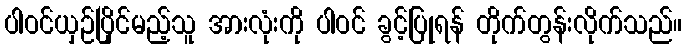
ပါဝင်ယှဉ်ပြိုင်မည့်သူ အားလုံးကို ပါဝင် ခွင့်ပြုရန် တိုက်တွန်းလိုက်သည်။